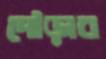
দৌড়াব